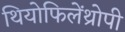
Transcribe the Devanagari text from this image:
थियोफिलेंथ्रोपी